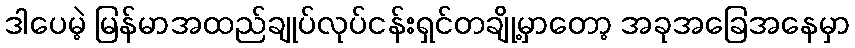
ဒါပေမဲ့ မြန်မာအထည်ချုပ်လုပ်ငန်းရှင်တချို့မှာတော့ အခုအခြေအနေမှာ